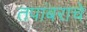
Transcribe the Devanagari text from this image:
तपांबराचे